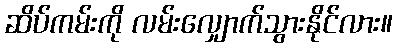
ဆိပ်ကမ်းကို လမ်းလျှောက်သွားနိုင်လား။